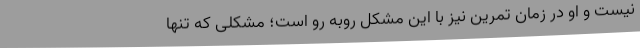
نیست و او در زمان تمرین نیز با این مشکل روبه رو است؛ مشکلی که تنها